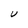
Character: U